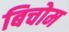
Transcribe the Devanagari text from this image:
बिचोम